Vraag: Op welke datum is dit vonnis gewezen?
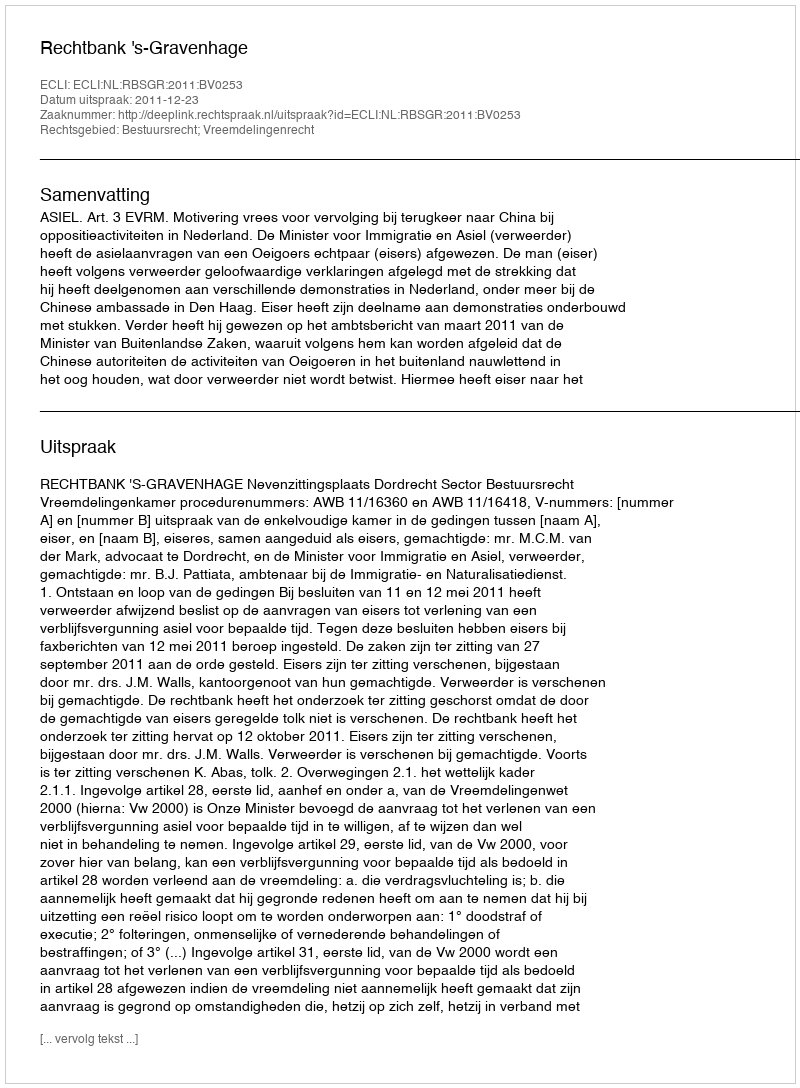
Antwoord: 2011-12-23